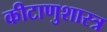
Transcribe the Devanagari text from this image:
कीटाणुशास्त्र